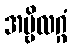
အမ္ဗိလဂ္ဂံ